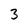
Character: 3